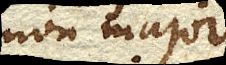
non major